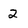
Character: 2